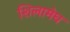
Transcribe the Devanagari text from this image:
शिलामेघ